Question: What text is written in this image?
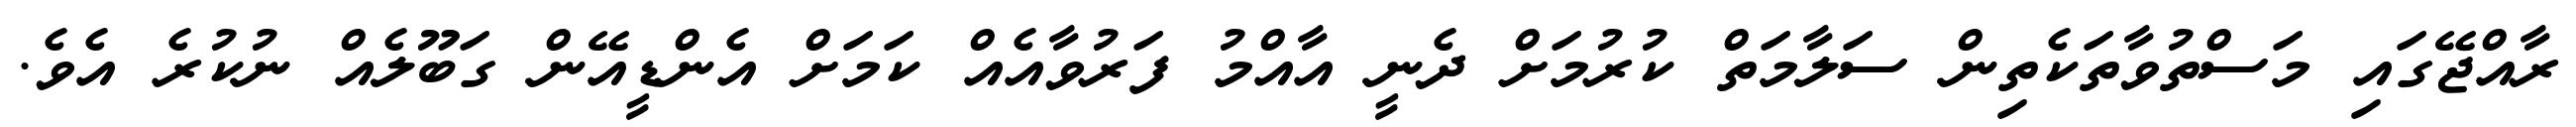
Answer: ރާއްޖޭގައި މަސްތުވާތަކެތިން ސަލާމަތް ކުރުމަށް ދެނީ އާއްމު ފަރުވާއެއް ކަމަށް އެންޑީއޭން ގަބޫލެއް ނުކުރެ އެވެ.